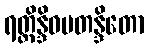
ရတ္တိန္ဒိဝမတန္ဒိတော